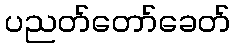
ပညတ်တော်ခေတ်